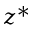
z ^ { * }